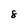
Character: 8